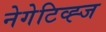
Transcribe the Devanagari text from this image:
नेगेटिव्ह्ज